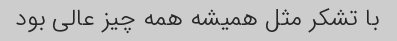
با تشکر مثل همیشه همه چیز عالی بود